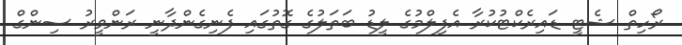
ރޯހިތް ޝެޓީ ޑައިރެކްޓުކުރާ އެފިލްމުގެ ލީޑު ބަތަލުގެ ގޮތުގައި ފެނިގެންދާނީ ރަންވީރު ސިންގް